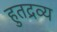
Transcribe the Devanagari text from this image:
हुतद्रव्य